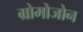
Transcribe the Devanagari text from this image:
ग्रोमोजोन